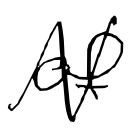
Text: of
Cross-out: mix
Writing tool: digital_black